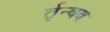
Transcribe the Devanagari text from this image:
र्तृन्धव